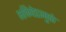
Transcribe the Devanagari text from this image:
भक्तिवेडामुळे